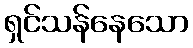
ရှင်သန်နေသော